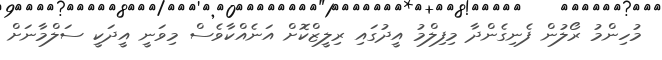
މުހިންމު ރޯލުން ފެނިގެންދާ މިފިލްމު އީދުގައި ރިލީޒްކޮށް އަނެއްކާވެސް މިވަނީ އީދަކީ ސަލްމާނަށް